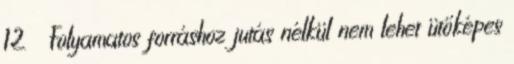
12  Folyamatos forráshoz jutás nélkül nem lehet ütőképes